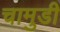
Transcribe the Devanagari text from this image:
चामुडी